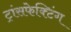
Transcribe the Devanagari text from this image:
ट्रांसफेक्टिंग